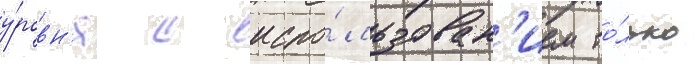
у́ровн'я с испо́льзован'ием то́лько